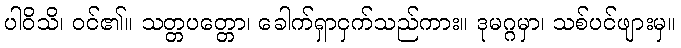
ပါဝိသိ၊ ဝင်၏။ သတ္တပတ္တော၊ ခေါက်ရှာငှက်သည်ကား။ ဒုမဂ္ဂမှာ၊ သစ်ပင်ဖျားမှ။